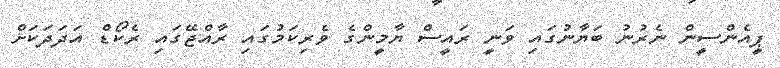
ޕީއެންސީން ނެރުނު ބަޔާނުގައި ވަނީ ރައީސް ޔާމީންގެ ވެރިކަމުގައި ރާއްޖޭގައި ރެކޯޑް އަދަދަކަށް